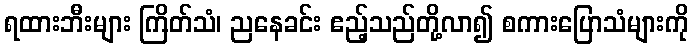
ရထားဘီးများ ကြိတ်သံ၊ ညနေခင်း ဧည့်သည်တို့လာ၍ စကားပြောသံများကို